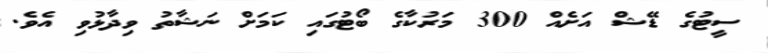
ސީޓުގެ ޑޭޝް އަށެއް 300 މަރުކާގެ ބޯޓުގައި ކަމަށް ނަޝާތު ވިދާޅުވި އެވެ.